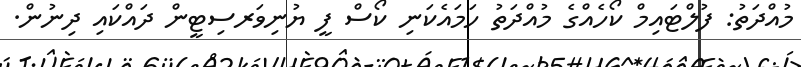
މުއްދަތު: ފުލްޓައިމް ކޯހެއްގެ މުއްދަތު ހަމައެކަނި ކޯސް ފީ ޔުނިވަރސިޓީން ދައްކައި ދިނުން.